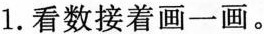
1.看数接着画一画。